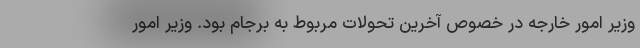
وزیر امور خارجه در خصوص آخرین تحولات مربوط به برجام بود. وزیر امور